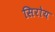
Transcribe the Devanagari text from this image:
सिरोय